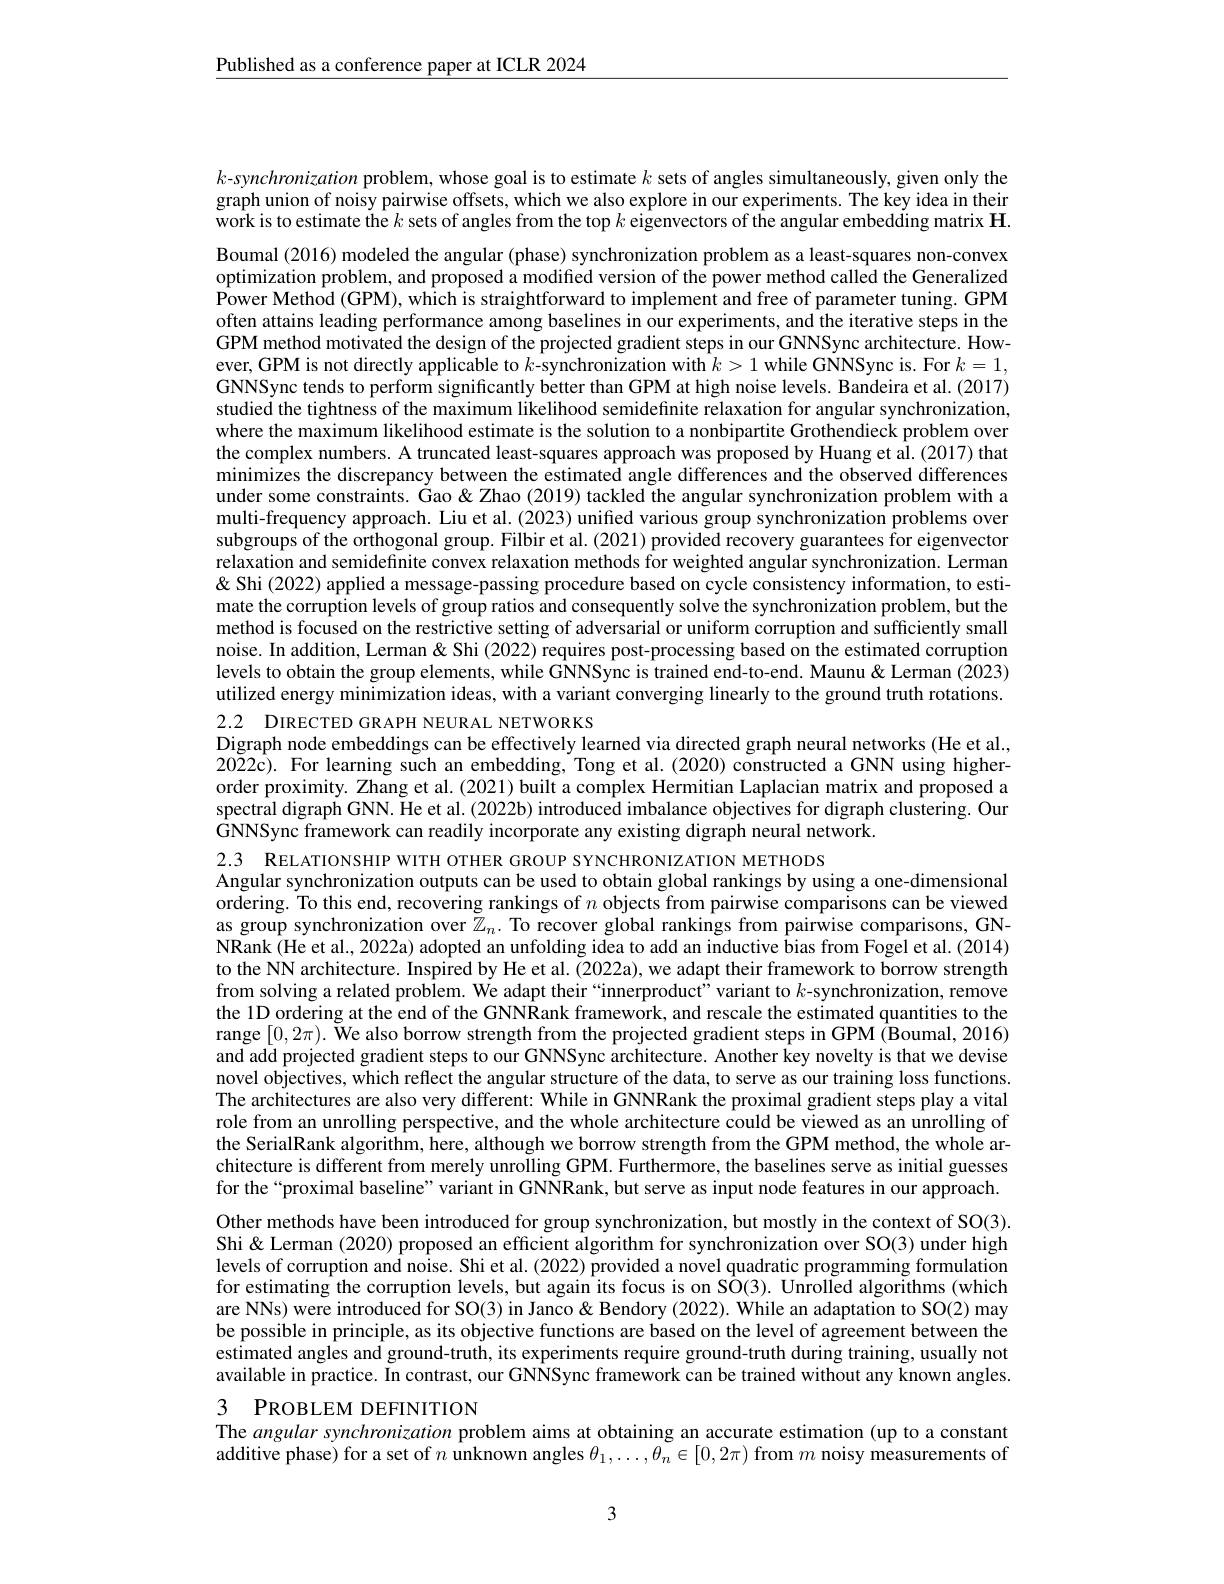
$\underline{\text{Published as a conference paper at ICLR 2024}}$

$k$-synchronization problem, whose goal is to estimate $k$ sets of angles simultaneously, given only the graph union of noisy pairwise offsets, which we also explore in our experiments. The key idea in their work is to estimate the $k$ sets of angles from the top $k$ eigenvectors of the angular embedding matrix H.

Boumal (2016) modeled the angular (phase) synchronization problem as a least-squares non-convex optimization problem, and proposed a modified version of the power method called the Generalized Power Method (GPM), which is straightforward to implement and free of parameter tuning. GPM often attains leading performance among baselines in our experiments, and the iterative steps in the GPM method motivated the design of the projected gradient steps in our GNNSync architecture. However, GPM is not directly applicable to $k$-synchronization with $k>1$ while GNNSync is. For $k=1$, GNNSync tends to perform significantly better than GPM at high noise levels. Bandeira et al. (2017) studied the tightness of the maximum likelihood semidefinite relaxation for angular synchronization, where the maximum likelihood estimate is the solution to a nonbipartite Grothendieck problem over the complex numbers. A truncated least-squares approach was proposed by Huang et al. (2017) that minimizes the discrepancy between the estimated angle differences and the observed differences under some constraints. Gao &Zhao (2019) tackled the angular synchronization problem with a multi-frequency approach. Liu et al. (2023) unified various group synchronization problems over subgroups of the orthogonal group. Filbir et al. (2021) provided recovery guarantees for eigenvector relaxation and semidefinite convex relaxation methods for weighted angular synchronization. Lerman & Shi (2022) applied a message-passing procedure based on cycle consistency information, to estimate the corruption levels of group ratios and consequently solve the synchronization problem, but the method is focused on the restrictive setting of adversarial or uniform corruption and sufficiently small noise. In addition, Lerman & Shi (2022) requires post-processing based on the estimated corruption levels to obtain the group elements, while GNNSync is trained end-to-end. Maunu& Lerman (2023) utilized energy minimization ideas, with a variant converging linearly to the ground truth rotations.

2.2 DIRECTED GRAPH NEURAL NETWORKS
Digraph node embeddings can be effectively learned via directed graph neural networks (He et al, $20\tilde{2}2\hat{c}).$ For learning such an embedding, Tong et al.(2020) constructed a GNN using higherorder proximity. Zhang et al. (2021) built a complex Hermitian Laplacian matrix and proposed a spectral digraph GNN. He et al. (2022b) introduced imbalance objectives for digraph clustering. Our $\hat{\text{GNNSync framework can readily incorporate any existing digraph neural network.}}$
2.3 RELATIONSHIP WITH OTHER GROUP SYNCHRONIZATION METHODS

Angular synchronization outputs can be used to obtain global rankings by using a one-dimensional ordering. To this end, recovering rankings of $n$ objects from pairwise comparisons can be viewed as group synchronization over $\tilde{\mathbb{Z}}_n.$ To recover global rankings from pairwise comparisons, GNNRank (He et al., 2022a) adopted an unfolding idea to add an inductive bias from Fogel et al. (2014) to the NN architecture. Inspired by He et al. (2022a), we adapt their framework to borrow strength from solving a related problem. We adapt their “innerproduct”variant to $k$-synchronization, remove the 1D ordering at the end of the GNNRank framework, and rescale the estimated quantities to the range $[0,2\pi).$ We also borrow strength from the projected gradient steps in GPM (Boumal, 2016) and add projected gradient steps to our GNNSync architecture. Another key novelty is that we devise novel objectives, which reflect the angular structure of the data, to serve as our training loss functions. The architectures are also very different: While in GNNRank the proximal gradient steps play a vital role from an unrolling perspective, and the whole architecture could be viewed as an unrolling of the SerialRank algorithm, here, although we borrow strength from the GPM method, the whole architecture is different from merely unrolling GPM. Furthermore, the baselines serve as initial guesses for the“proximal baseline” variant in GNNRank, but serve as input node features in our approach. Other methods have been introduced for group synchronization, but mostly in the context of SO(3). Shi& Lerman (2020) proposed an efficient algorithm for synchronization over SO(3) under high levels of corruption and noise. Shi et al. (2022) provided a novel quadratic programming formulation for estimating the corruption levels, but again its focus is on SÔ(3). Unrolled algorithms (which are NNs) were introduced for SO(3) in Janco& Bendory (2022). While an adaptation to SO(2) may be possible in principle, as its objective functions are based on the level of agreement between the estimated angles and ground-truth, its experiments require ground-truth during training, usually not available in practice. In contrast, our GNNSync framework can be trained without any known angles.

## 3 PROBLEM DEFINITION

The angular synchronization problem aims at obtaining an accurate estimation (up to a constant additive phase) for a set of $n$ unknown angles $\theta_1,\ldots,\theta_n\in[0,2\pi)$ from $m$ noisy measurements of

3